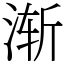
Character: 渐